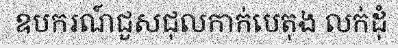
ឧបករណ៍ជួសជុលកាក់បេតុង លក់ដុំ